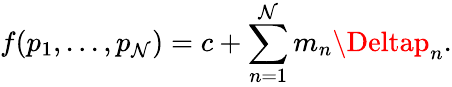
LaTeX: f(p_{1},...,p_{\mathcal{N}})=c+\sum_{n=1}^{\mathcal{N}}m_{n}\Deltap_{n}.